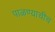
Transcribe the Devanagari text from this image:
पाळण्याचीच